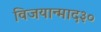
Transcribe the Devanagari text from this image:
विजयान्माद३०